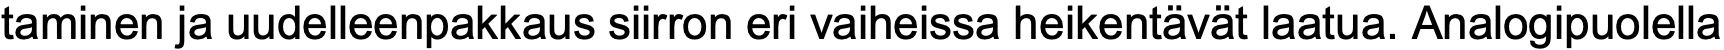
taminen ja uudelleenpakkaus siirron eri vaiheissa heikentävät laatua. Analogipuolella